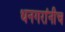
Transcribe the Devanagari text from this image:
धनगरांनीच